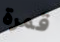
قمرة